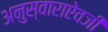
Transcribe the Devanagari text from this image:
अनुस्वाराऐवजी